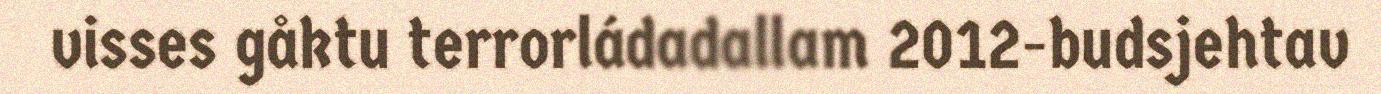
visses gåktu terrorládadallam 2012-budsjehtav